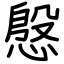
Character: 慇